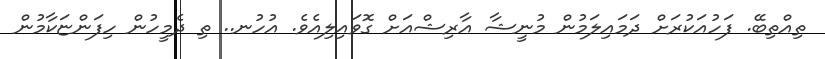
ތިއްތިބޭ. ފަހުއަކުރަށް ދަމައިލަމުން މުނީޝާ އާރިޝްއަށް ގޮވައިލިއެވެ. އުހުނ.. ތި ދެމީހުން ހިފަންޏަކާމުން